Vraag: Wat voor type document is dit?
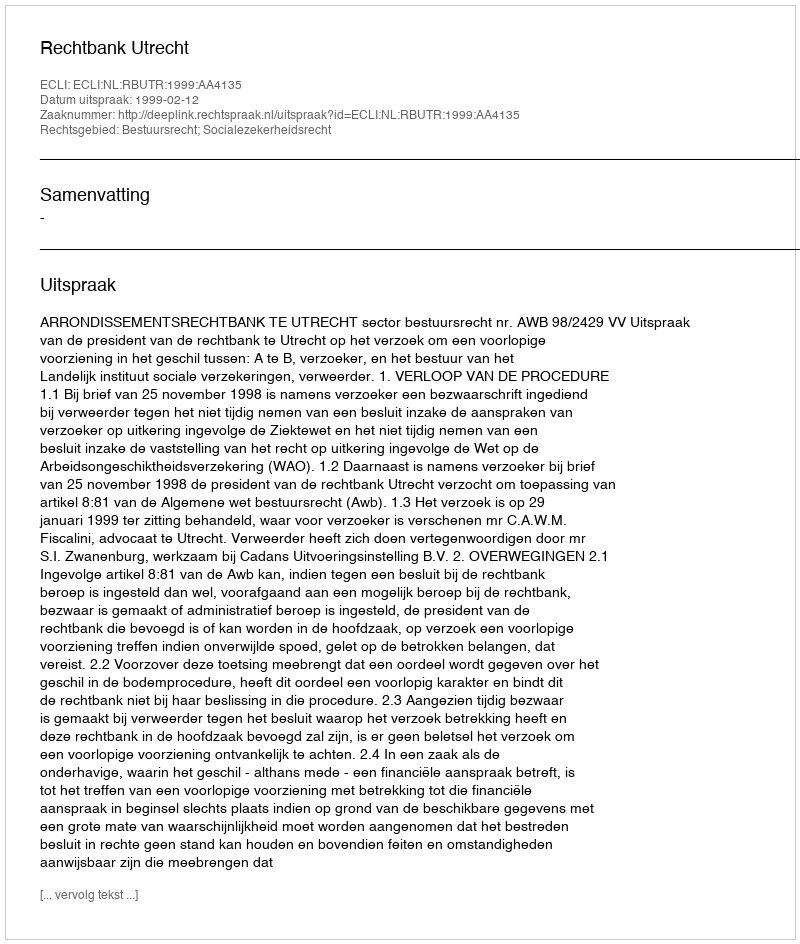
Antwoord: Uitspraak